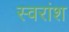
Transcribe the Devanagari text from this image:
स्वरांश